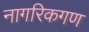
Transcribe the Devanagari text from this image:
नागरिकगण